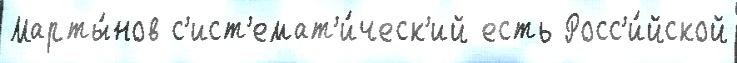
Марты́нов с'ист'емат'и́ческ'ий есть Росс'и́йской